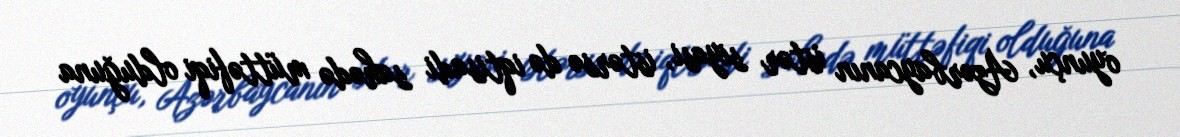
oyunçu, Azərbaycanın istər siyasi, istərsə də iqtisadi sahədə müttəfiqi olduğuna